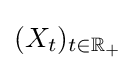
(X_{t})_{t\in \mathbb {R} _{+}}